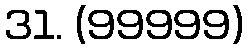
31. (99999)